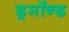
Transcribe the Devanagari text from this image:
ड्रमॉन्ड